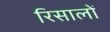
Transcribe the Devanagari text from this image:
रिसालों